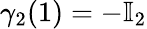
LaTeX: \gamma_{2}(1)=-\mathbb{I}_{2}